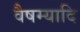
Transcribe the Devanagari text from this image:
वैषम्यादि